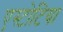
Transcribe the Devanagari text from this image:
एस्टोटिया